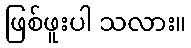
ဖြစ်ဖူးပါ သလား။